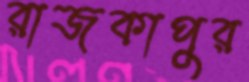
রাজকাপুর